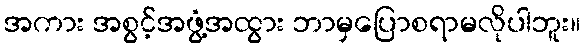
အကား အစွင့်အဖွံ့အထွား ဘာမှပြောစရာမလိုပါဘူး။